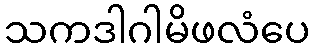
သကဒါဂါမိဖလံပေ